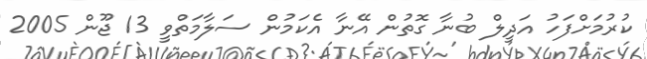
ކުރުމަށްފަހު އަދީލް ބުނާ ގޮތުން އޭނާ އެކަމުން ސަލާމަތްވީ 13 ޖޫން 2005